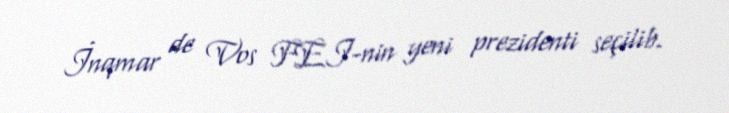
İnqmar de Vos FEI-nin yeni prezidenti seçilib.